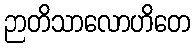
ဉာတိသာလောဟိတေ